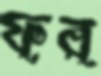
ফর